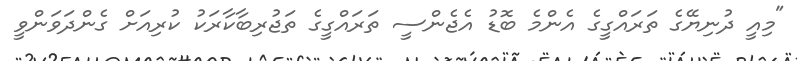
"މިއީ ދުނިޔޭގެ ތަރައްގީގެ އެންމެ ބޮޑު އެޖެންސީ ތަރައްގީގެ ތަޖުރިބާކާރަކު ކުރިއަށް ގެންދަވަންވީ